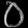
Digit: ၀